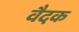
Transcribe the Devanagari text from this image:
वैदक